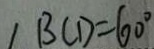
B C D = 6 0 ^ { \circ }